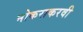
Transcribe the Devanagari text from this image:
नोकराकरवी